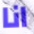
انا